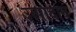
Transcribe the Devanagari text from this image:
उत्पादान